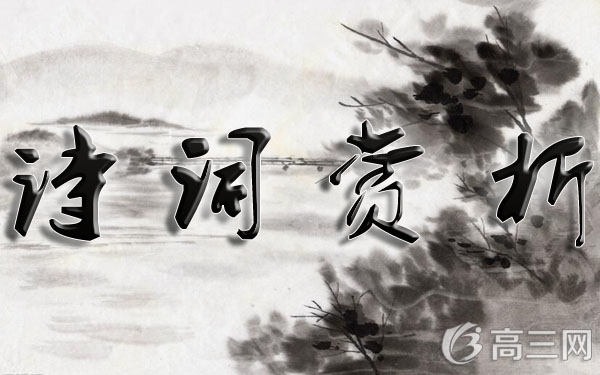
灼灼野花香，依依金柳黄。